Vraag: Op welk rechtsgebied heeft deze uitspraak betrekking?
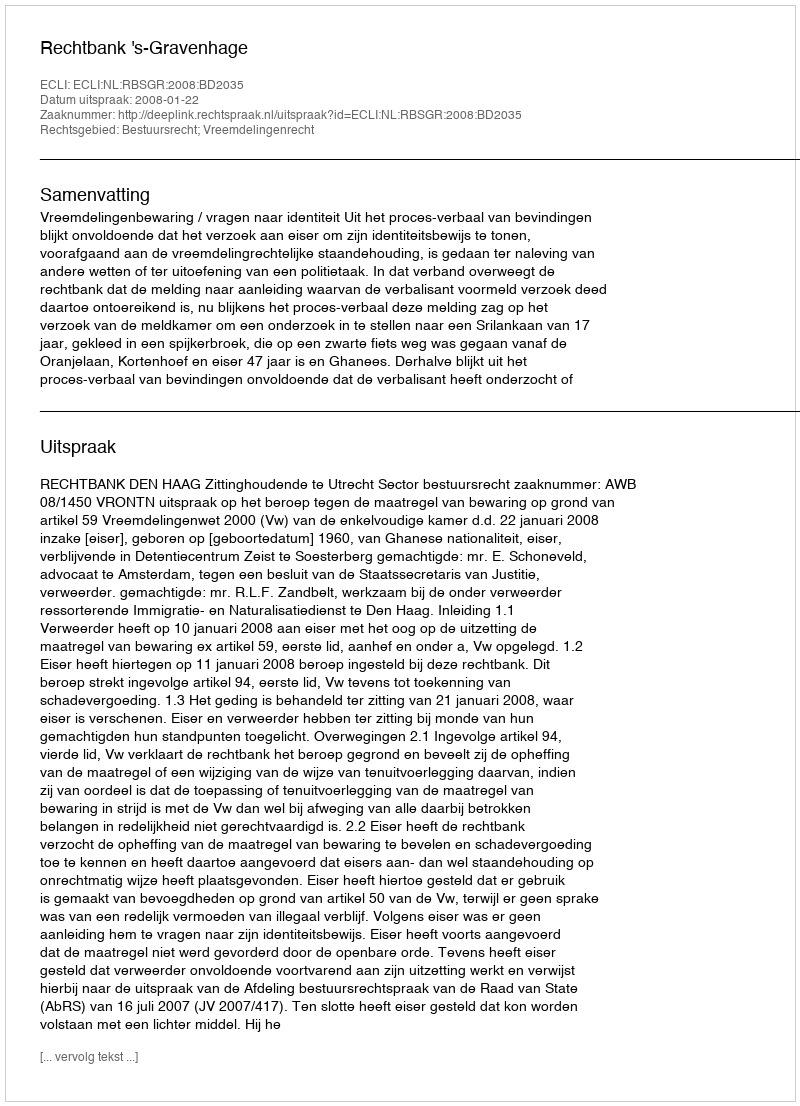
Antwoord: Bestuursrecht; Vreemdelingenrecht